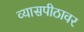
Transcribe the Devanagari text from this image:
व्‍यासपीठावर